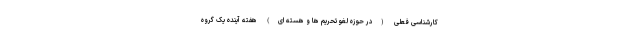
کارشناسی فعلی (در حوزه لغو تحریم ها و هسته ای) هفته آینده یک گروه